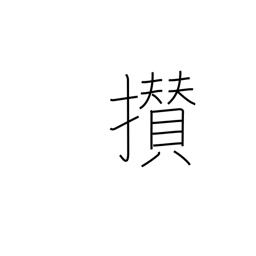
Meaning: come together